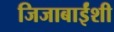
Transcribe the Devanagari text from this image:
जिजाबाईंशी